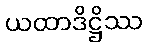
ယထာဒိဋ္ဌိဿ